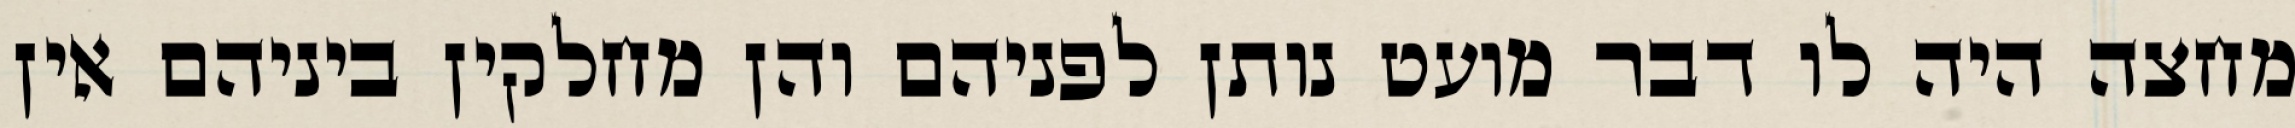
מחצה היה לו דבר מועט נותן לפניהם והן מחלקין ביניהם אין